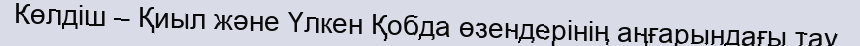
Көлдіш – Қиыл және Үлкен Қобда өзендерінің аңғарындағы тау.